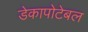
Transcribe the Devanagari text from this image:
डेकापोटेबल